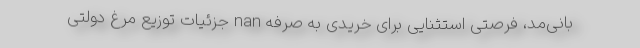
بانی‌مد، فرصتی استثنایی برای خریدی به صرفه nan جزئیات توزیع مرغ دولتی